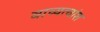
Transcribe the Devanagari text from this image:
वाच्यत्वांश